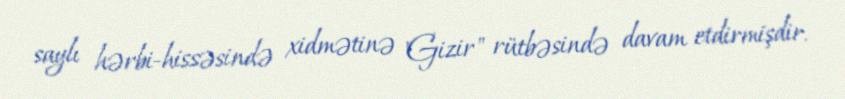
saylı hərbi-hissəsində xidmətinə "Gizir" rütbəsində davam etdirmişdir.